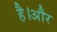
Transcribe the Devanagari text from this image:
है।अौर